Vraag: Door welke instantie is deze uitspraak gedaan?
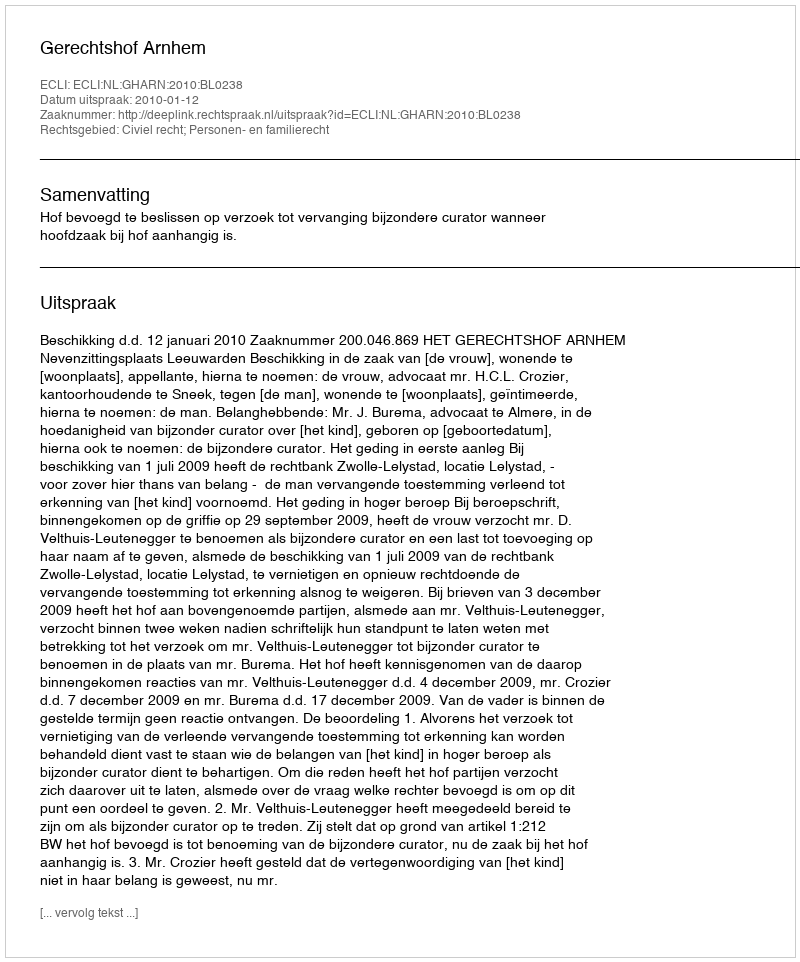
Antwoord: Gerechtshof Arnhem